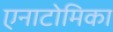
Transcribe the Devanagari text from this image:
एनाटोमिका